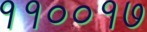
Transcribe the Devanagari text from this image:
११००१७